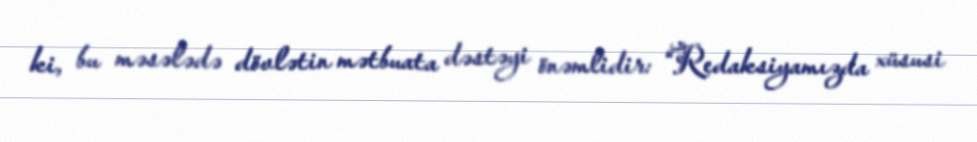
ki, bu məsələdə dövlətin mətbuata dəstəyi önəmlidir: “Redaksiyamızda xüsusi